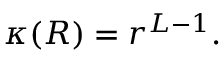
\begin{array} { r } { \kappa ( R ) = r ^ { L - 1 } . } \end{array}